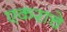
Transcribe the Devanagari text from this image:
एकराचे